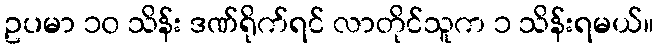
ဥပမာ ၁၀ သိန်း ဒဏ်ရိုက်ရင် လာတိုင်သူက ၁ သိန်းရမယ်။